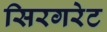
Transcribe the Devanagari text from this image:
सिरगरेट